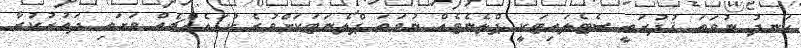
ހަނދު ނުވަތަ ޤުދުރަތީ ސެޓެލައިޓަކީ ޕްލެނެޓެއް ނުވަތަ ޕްލެނަޓަކަށްވުރެ ކުޑައެއްޗެއް ވަށައި ދައުރުކުރާ